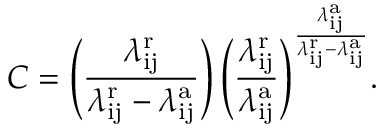
C = \left( \frac { \lambda _ { \mathrm { i j } } ^ { \mathrm { r } } } { \lambda _ { \mathrm { i j } } ^ { \mathrm { r } } - \lambda _ { \mathrm { i j } } ^ { \mathrm { a } } } \right) { \left( \frac { \lambda _ { \mathrm { i j } } ^ { \mathrm { r } } } { \lambda _ { \mathrm { i j } } ^ { \mathrm { a } } } \right) } ^ { \frac { \lambda _ { \mathrm { i j } } ^ { \mathrm { a } } } { \lambda _ { \mathrm { i j } } ^ { \mathrm { r } } - \lambda _ { \mathrm { i j } } ^ { \mathrm { a } } } } .